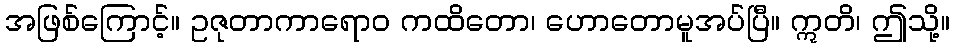
အဖြစ်ကြောင့်။ ဥဇုတာကာရောဝ ကထိတော၊ ဟောတောမူအပ်ပြီ။ ဣတိ၊ ဤသို့။